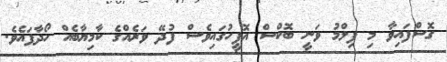
ގޮސްފައިވާ މި ފިލްމު ވަނީ ބޮކްސް އޮފީހުގައިވެސް ފުދޭ ވަރެއްގެ ކާމިޔާބެއް ހޯދާފައެވެ.